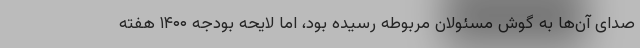
صدای آن‌ها به گوش مسئولان مربوطه رسیده بود، اما لایحه بودجه ۱۴۰۰ هفته